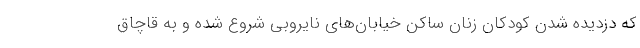
که دزدیده شدن کودکان زنان ساکن خیابان‌های نایروبی شروع شده و به قاچاق